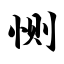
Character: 恻